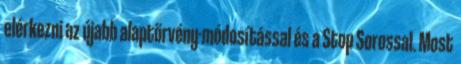
elérkezni az újabb alaptörvény-módosítással és a Stop Sorossal. Most